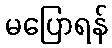
မပြောရန်